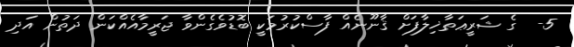
5-  ގެ ޝަރީޢަތާޚިލާފަށް ޤާނޫނެއް ފާސްކުރުމަކީ ބޮޑުވެގެންވާ ޖަރީމާއެއްކަން ދަތުން އަދި